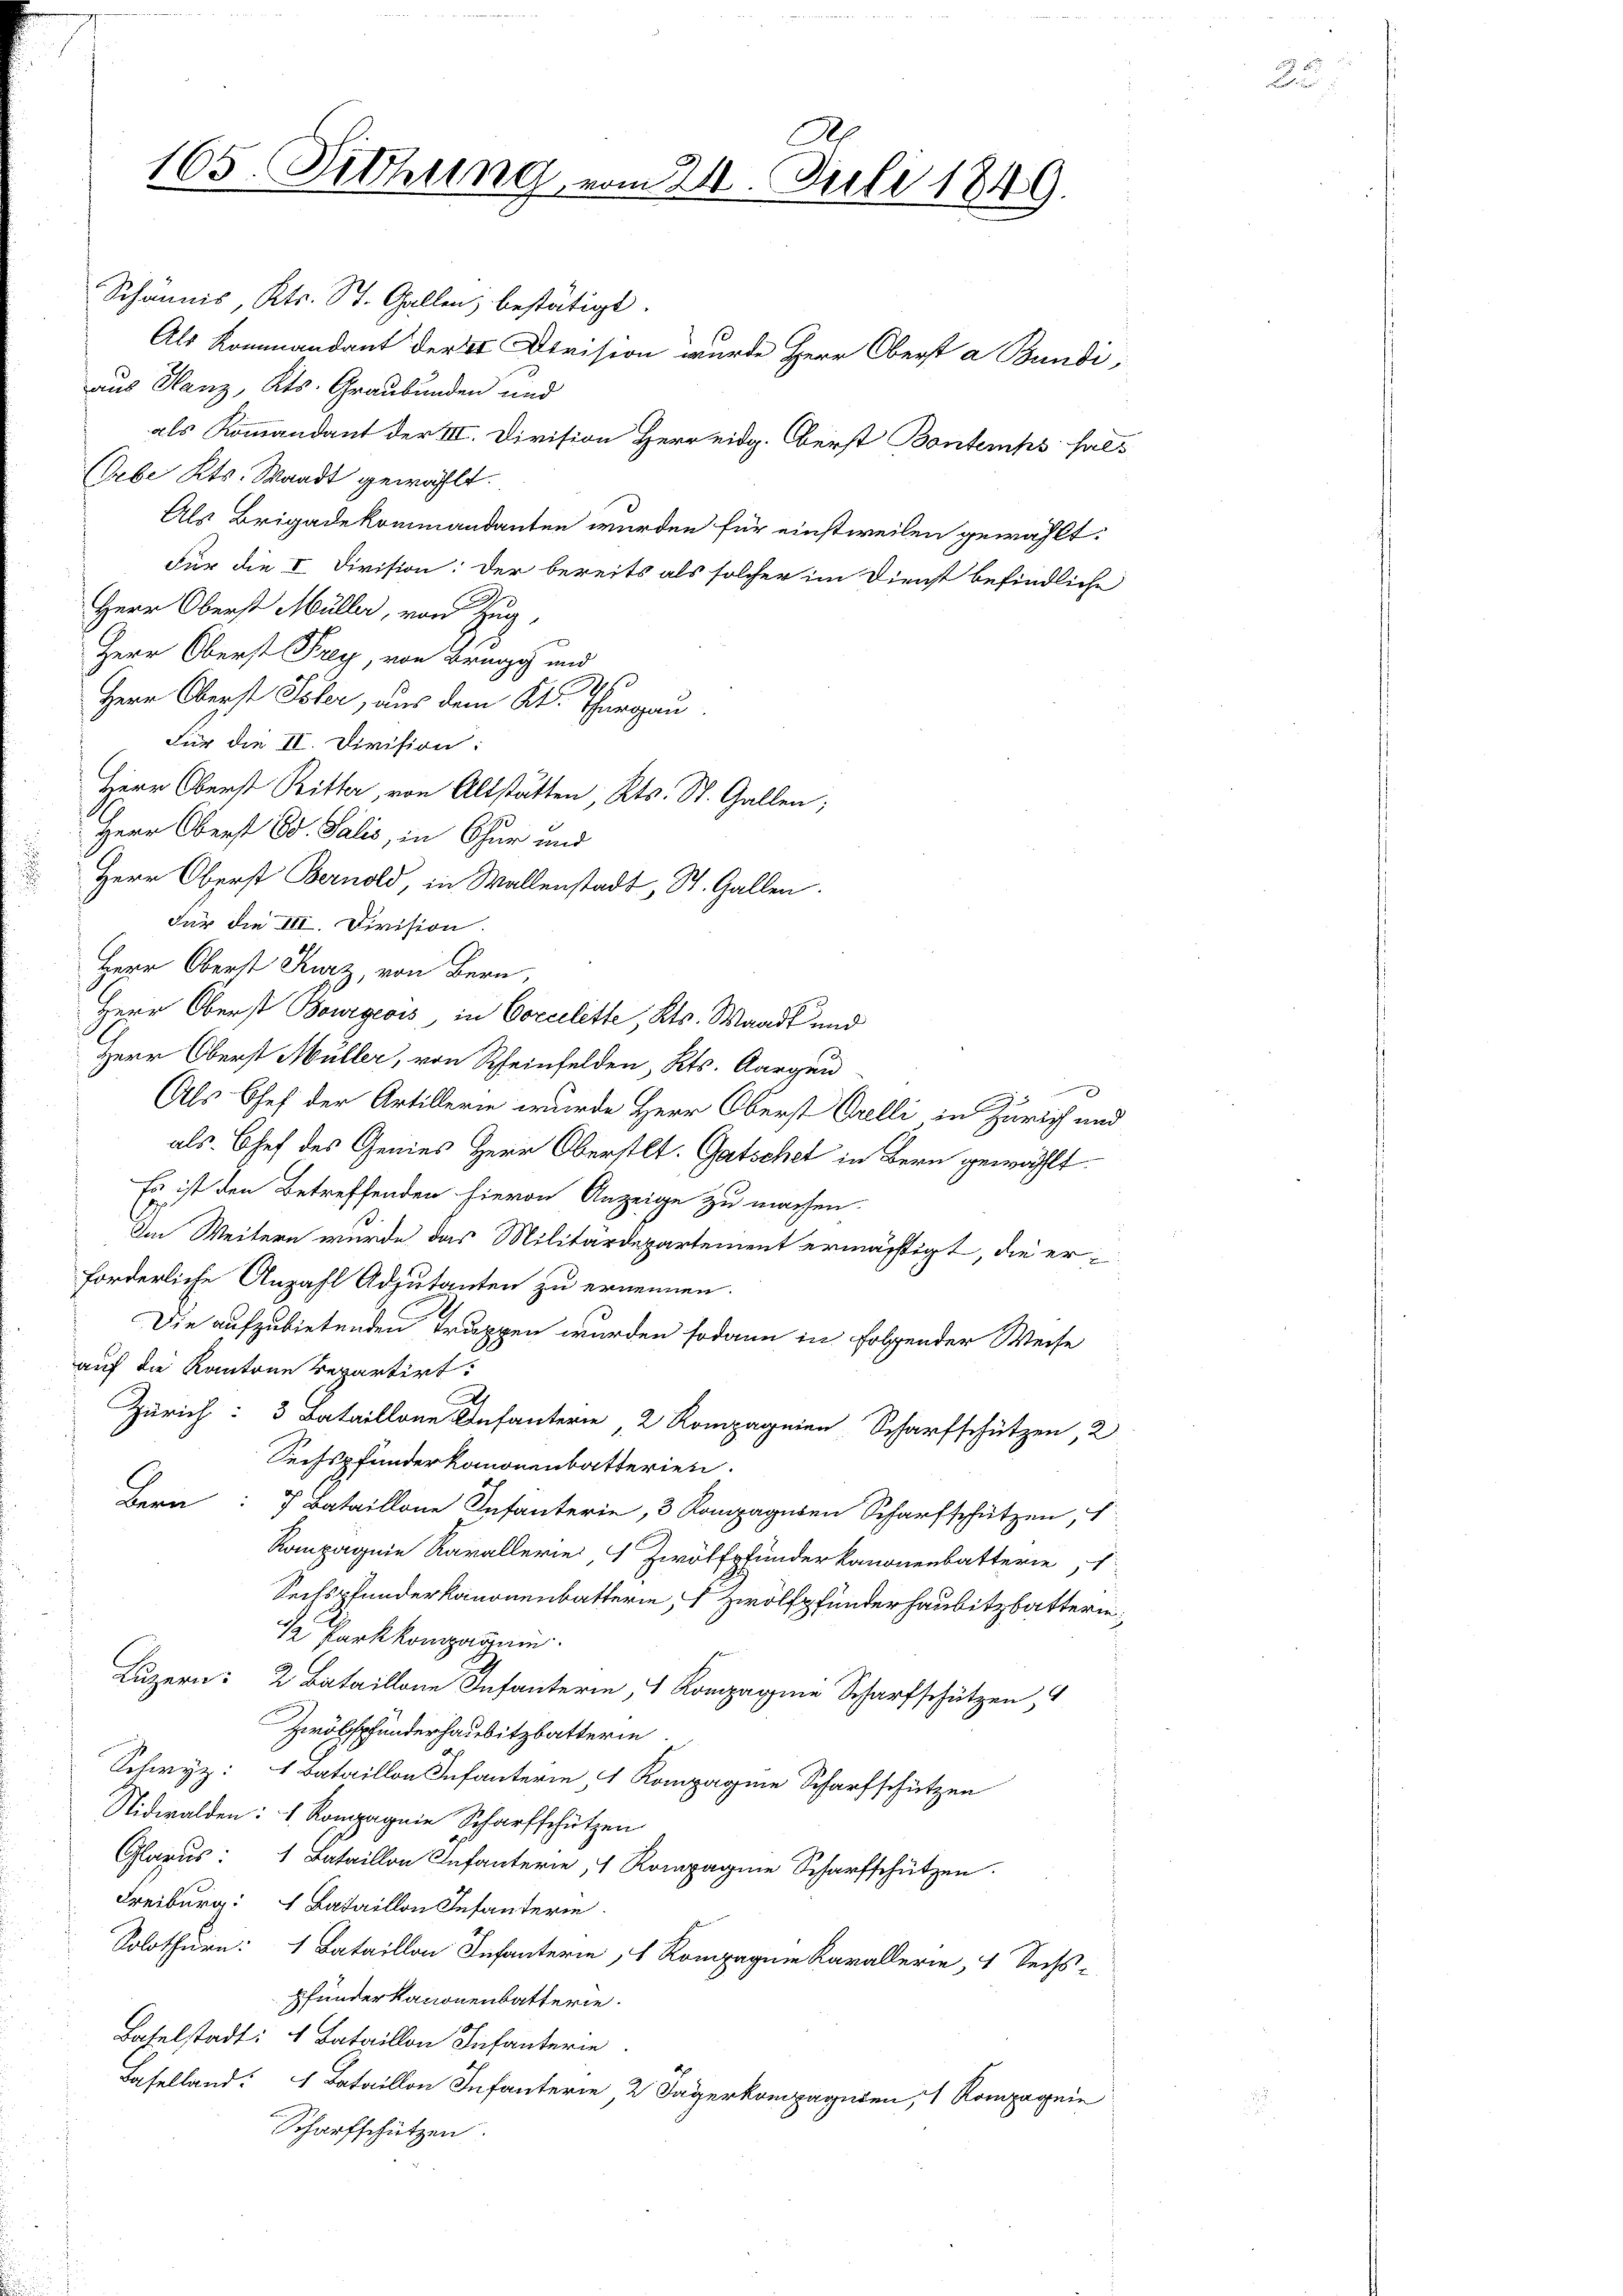
Schännis, Kts. St. Gallen bestätigt.
Als Kommandant der 2 Devision wurde Herr Oberst a Bundi,
aus Ganz, Kts. Graubünden und
als Kommandant der III. Division Herr eidg. Berst Bontemps halt
(ebe Kts. Waadt gewählt.
Als Brigadekommandanten wurden für einstweilen gewählt:
Für die I. Division: der bereits als solcher im Dienst befindliche
Herr Oberst Müller, von Zug,
Herr Oberst Frey von Brugg und
0
Herr Oberst Toler, aus dem Kt. Thurgau.
Für die II. Division:
Herr Oberst Bitter, von Altstätten, Kts. St. Gallen;
Herr Oberst Ed. Salis, in Chur und
Herr Oberst Bernold, in Wallenstadt, St. Gallen.
Für die III. Division.
Herr Oberst Kurz, von Bern,
Herr Oberst Bourgeois in Corcelette, Kts. Waadt und
Herr Oberst Müller, von Scheinfelden, Kts. Aargau
Als Chef der Artillerie wurde Herr Oberst Orelli in Zürich und
als Chef des Genies Herr Oberstet. Gatschet in Bern gewählt.
Es ist den Betreffenden hievon Anzeige zu machen.
Im Weitern wurde das Militärdepartement ermächtigt, die erforderliche Anzahl Adjutanten zu ernennen.
Die aufzubietenden Truppen wurden sodann in folgender Weise
auf die Kantone repartirt.
Zürich: 3 Bataillone Infanterie, 2 Kompagnien Scharfschützen, 2
Sechspfander kanonenbatterien.
Bern   Bataillone Infanterie 3 Kompagnien Scharfschützen, 1
Kompagnie Kavallerie  Zwölfpfunder kanonenbatterie, 1
Sechspfunderkanonenbatterie, zwölfpfunder Haubitzbatterin
 Parkkomparsei
Luzern: 2 Bataillone Infanterin, 1 Kompagnie Scharfschützen, 4
Zwöbspfunderhausitzbatterin
Schwyz: 4 Bataillon Infanterie, 1 Kompagnie Scharfschützen
Nidwalden: 1. Kompagnie Scharfschützen
Glarus: 1 Bataillon Infanterie, 1 Rompagnie Scharfschützen.
Freiburg: Bataillon Infanterie.
Solothurn: 1 Bataillon Infanterie, 1 Rompagnie Karallerie, 4 Sechs-
pfunderkanonenbatterie.
Baselstadt: 1 Bataillon Infanterie
Baselland: Bataillon Infanterie 2 Jägerkompagnien, 1 Rompagnie
Scharfschützen

e
165. Sitzung vom 21. Juli 1849.